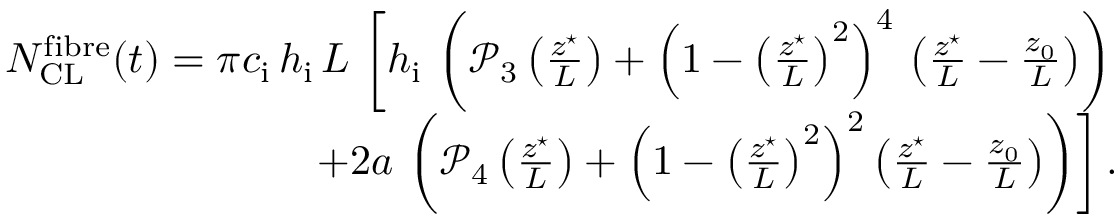
\begin{array} { r } { N _ { \mathrm { C L } } ^ { \mathrm { f i b r e } } ( t ) = \pi c _ { \mathrm { i } } \, h _ { \mathrm { i } } \, L \, \left[ h _ { \mathrm { i } } \, \left( \mathcal { P } _ { 3 } \left( \frac { z ^ { \star } } { L } \right) + \left( 1 - \left( \frac { z ^ { \star } } { L } \right) ^ { 2 } \right) ^ { 4 } \, \left( \frac { z ^ { \star } } { L } - \frac { z _ { 0 } } { L } \right) \right) \right. } \\ { \left. + 2 a \, \left( \mathcal { P } _ { 4 } \left( \frac { z ^ { \star } } { L } \right) + \left( 1 - \left( \frac { z ^ { \star } } { L } \right) ^ { 2 } \right) ^ { 2 } \left( \frac { z ^ { \star } } { L } - \frac { z _ { 0 } } { L } \right) \right) \right] . } \end{array}